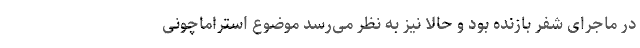
در ماجرای شفر بازنده بود و حالا نیز به نظر می‌رسد موضوع استراماچونی